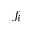
f _ { i }